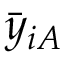
\bar { y } _ { i A }